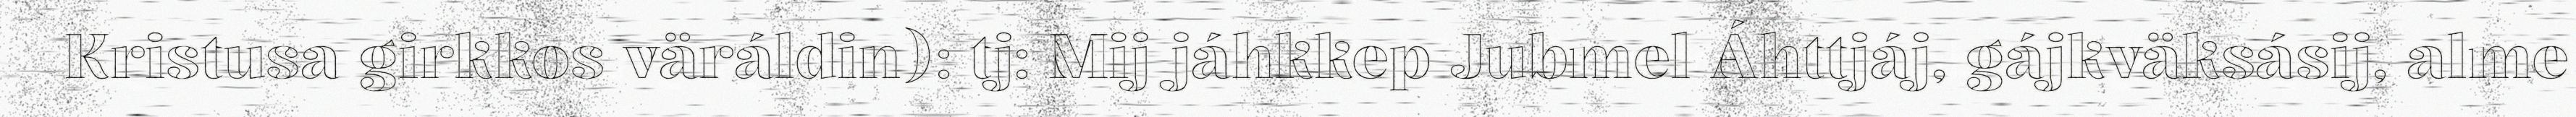
Kristusa girkkos väráldin): tj: Mij jáhkkep Jubmel Áhttjáj, gájkväksásij, alme